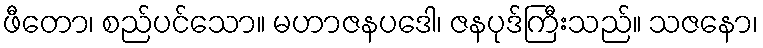
ဖီတော၊ စည်ပင်သော။ မဟာဇနပဒေါ၊ ဇနပုဒ်ကြီးသည်။ သဇနော၊